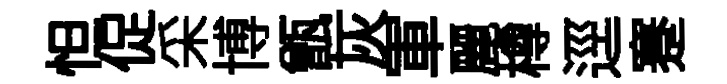
怛促采博甑灰軍麗樽逕蹇